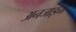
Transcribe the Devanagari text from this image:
अनजाइना